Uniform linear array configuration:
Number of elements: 64
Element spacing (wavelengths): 1
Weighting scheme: hamming
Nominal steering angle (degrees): -15
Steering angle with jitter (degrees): -15.128
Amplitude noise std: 0.05
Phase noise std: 0.05

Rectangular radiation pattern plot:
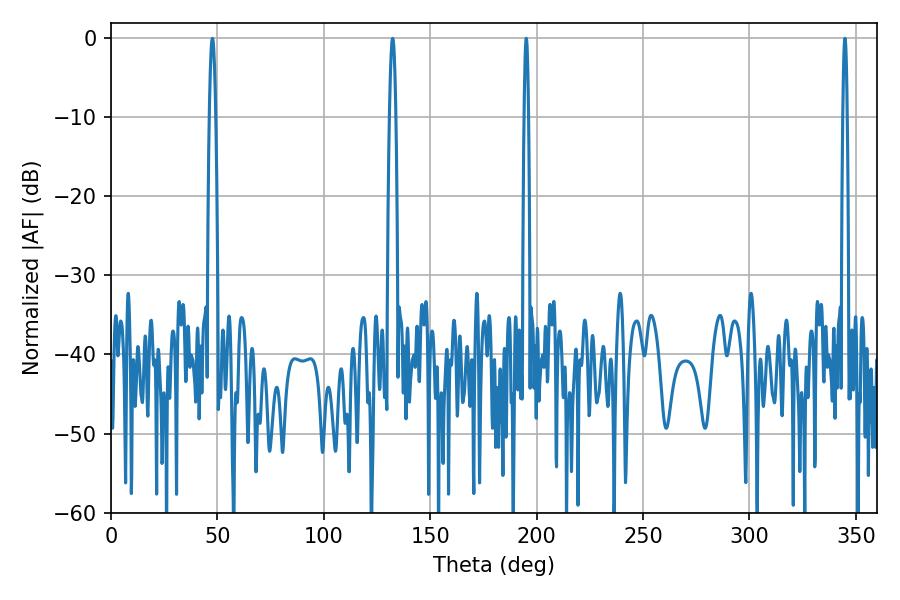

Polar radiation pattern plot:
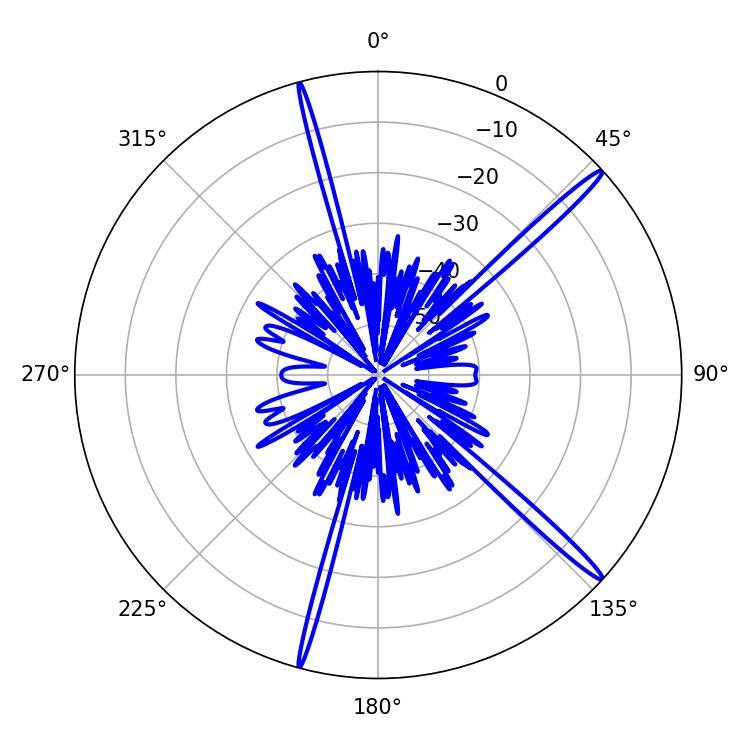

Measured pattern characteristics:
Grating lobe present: TRUE
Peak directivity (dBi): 17.495
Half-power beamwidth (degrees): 1.08
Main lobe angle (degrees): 195.12